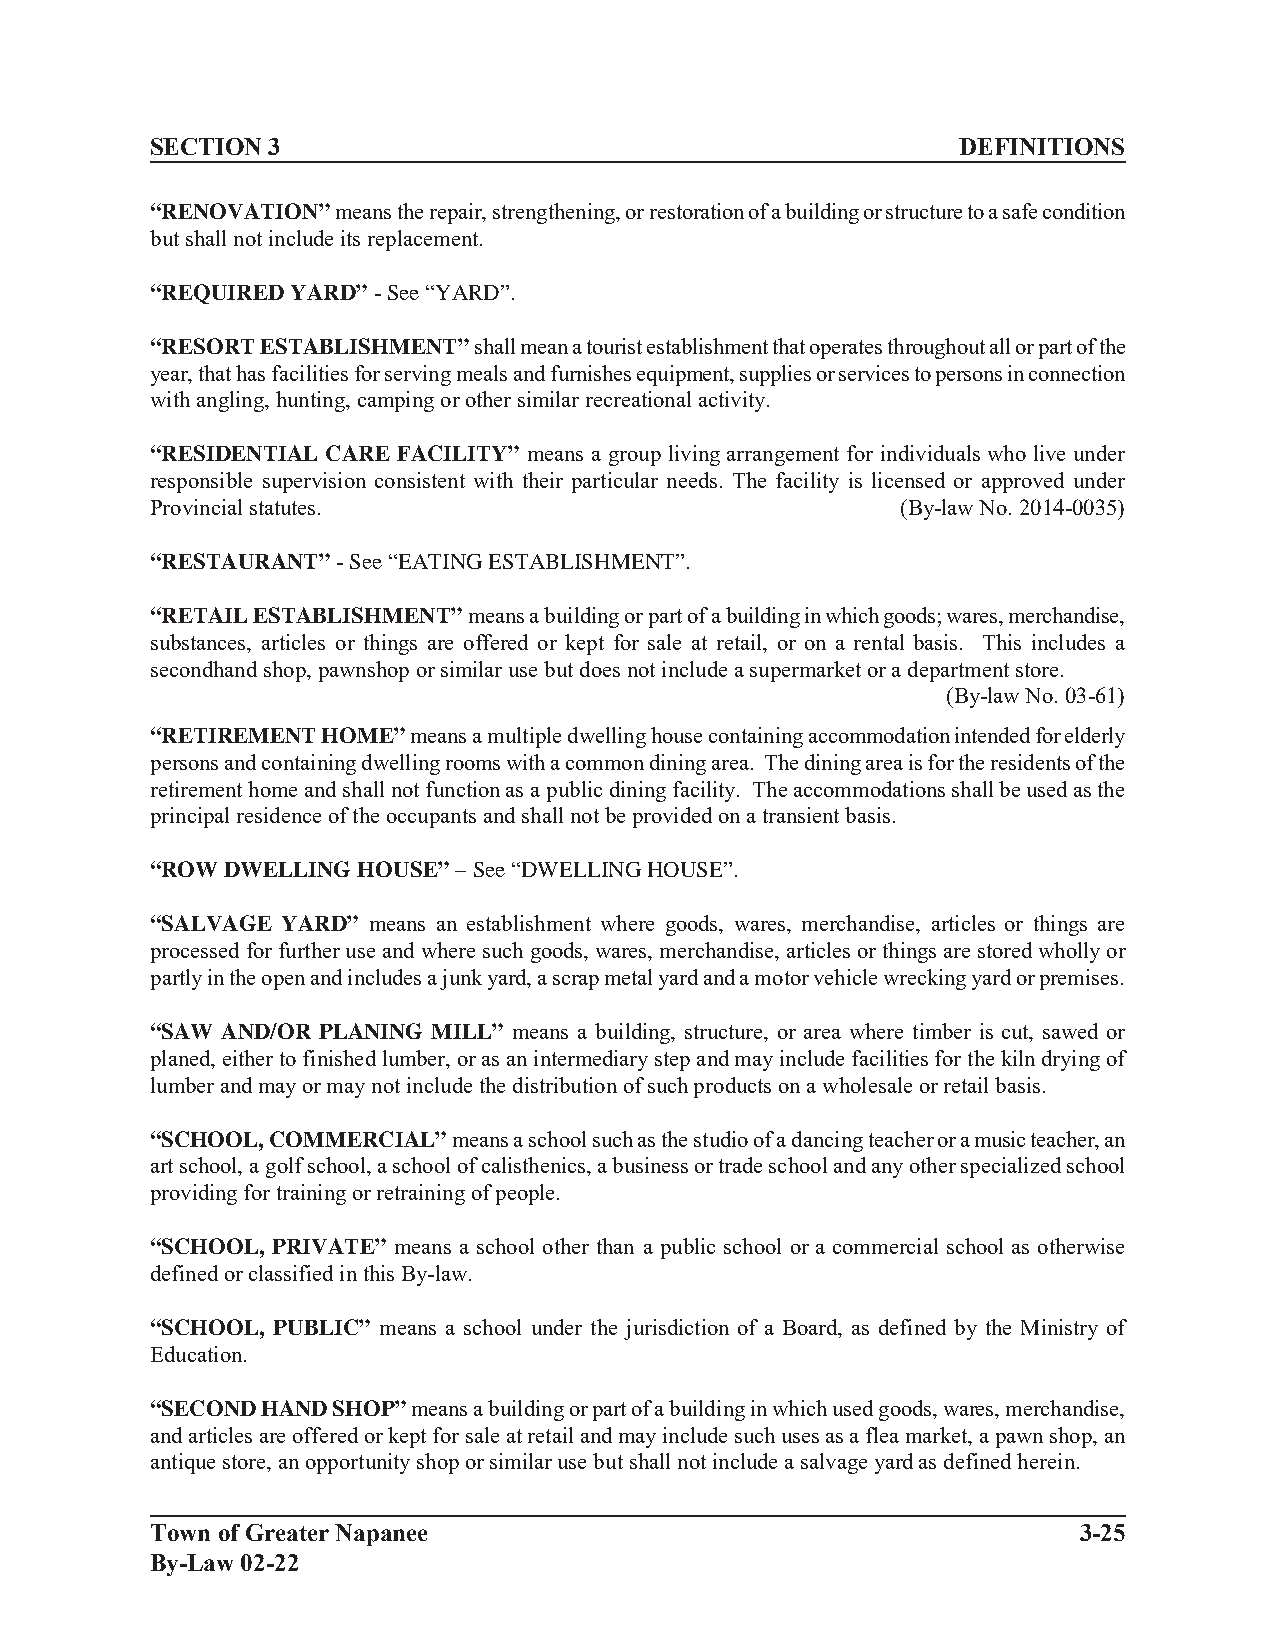
SECTION 3                                             DEFINITIONS
 “RENOVATION” means the repair, strengthening, or restoration of a building or structure to a safe condition
 but shall not include its replacement.
 “REQUIRED YARD” - See “YARD”.
 “RESORT ESTABLISHMENT” shall mean a tourist establishment that operates throughout all or part of the
 year, that has facilities for serving meals and furnishes equipment, supplies or services to persons in connection
 with angling, hunting, camping or other similar recreational activity.
 “RESIDENTIAL CARE FACILITY” means a group living arrangement for individuals who live under
 responsible supervision consistent with their particular needs. The facility is licensed or approved under
 Provincial statutes.                              (By-law No. 2014-0035)
 “RESTAURANT” - See “EATING ESTABLISHMENT”.
 “RETAIL ESTABLISHMENT” means a building or part of a building in which goods; wares, merchandise,
 substances, articles or things are offered or kept for sale at retail, or on a rental basis. This includes a
 secondhand shop, pawnshop or similar use but does not include a supermarket or a department store.
 (By-law No. 03-61)
 “RETIREMENT HOME” means a multiple dwelling house containing accommodation intended for elderly
 persons and containing dwelling rooms with a common dining area. The dining area is for the residents of the
 retirement home and shall not function as a public dining facility. The accommodations shall be used as the
 principal residence of the occupants and shall not be provided on a transient basis.
 “ROW DWELLING HOUSE” – See “DWELLING HOUSE”.
 “SALVAGE YARD” means an establishment where goods, wares, merchandise, articles or things are
 processed for further use and where such goods, wares, merchandise, articles or things are stored wholly or
 partly in the open and includes a junk yard, a scrap metal yard and a motor vehicle wrecking yard or premises.
 “SAW AND/OR PLANING MILL” means a building, structure, or area where timber is cut, sawed or
 planed, either to finished lumber, or as an intermediary step and may include facilities for the kiln drying of
 lumber and may or may not include the distribution of such products on a wholesale or retail basis.
 “SCHOOL, COMMERCIAL” means a school such as the studio of a dancing teacher or a music teacher, an
 art school, a golf school, a school of calisthenics, a business or trade school and any other specialized school
 providing for training or retraining of people.
 “SCHOOL, PRIVATE” means a school other than a public school or a commercial school as otherwise
 defined or classified in this By-law.
 “SCHOOL, PUBLIC” means a school under the jurisdiction of a Board, as defined by the Ministry of
 Education.
 “SECOND HAND SHOP” means a building or part of a building in which used goods, wares, merchandise,
 and articles are offered or kept for sale at retail and may include such uses as a flea market, a pawn shop, an
 antique store, an opportunity shop or similar use but shall not include a salvage yard as defined herein.
 Town of Greater Napanee                                      3-25
 By-Law 02-22